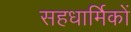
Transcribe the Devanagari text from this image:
सहधार्मिकों